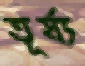
তূর্য্য